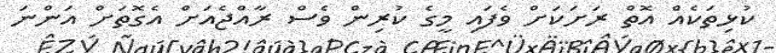
ކުޅިތަކެއް އޮތް ރަށަކަށް ވެފައި މީގެ ކުރިން ވެސް ރާއްޖެއަށް އެގޮތަށް އަންނަ